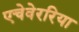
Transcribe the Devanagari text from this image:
एचेवेररिया